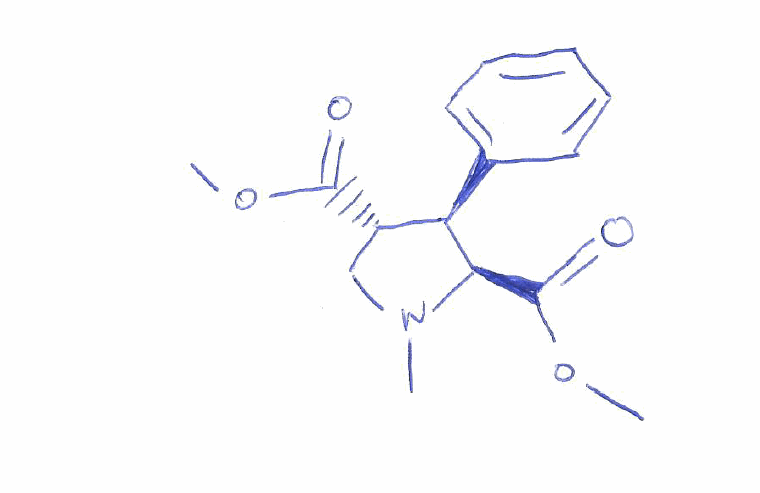
Simplified molecular-input line-entry system (SMILES) notation of the given molecule:
CN1C[C@@H]([C@H]([C@H]1C(=O)OC)C2=CC=CC=C2)C(=O)OC